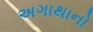
અગાથાનો